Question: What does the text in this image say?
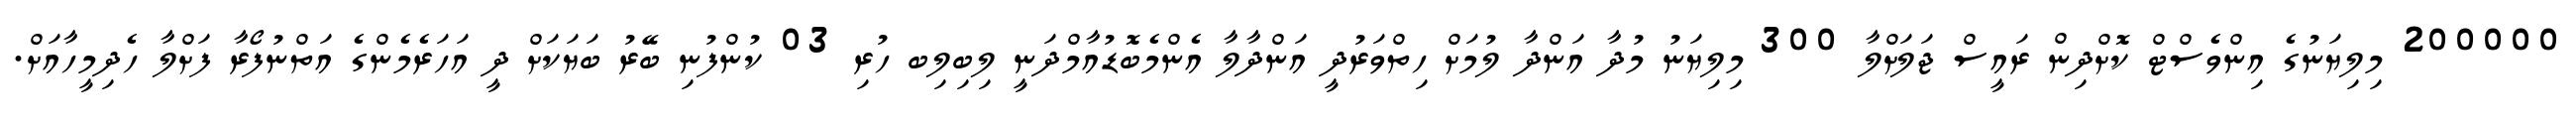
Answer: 200000 މިލިޔަނުގެ އިންވެސްޓް ކޮށްދިން ރައީސް ޖަލަށްލާ 300 މިލިޔަނު މުދާ އަންދާ ލުމަށް ހިތްވަރުދީ އަންދާލާ އެންމެބޮޑުއާމްދަނީ ލިބިލިބ ހުރި 03 ކުންފުނި ބޭރު ބަޔަކަށް ދީ އަހަރެމެންގެ އަތްނުފޯރާ ފަށްލާ ހެދިމީހާއަށް.